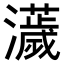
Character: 𤃴